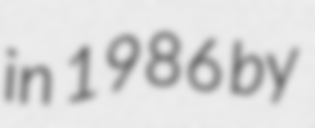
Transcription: in 1986 by